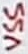
Text: VSS